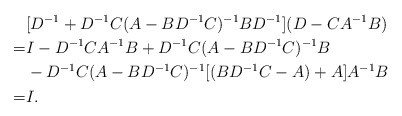
\begin{align*} &[D^{-1}+D^{-1}C(A-BD^{-1}C)^{-1}BD^{-1}](D-CA^{-1}B)\\ =& I-D^{-1}CA^{-1}B+D^{-1}C(A-BD^{-1}C)^{-1}B \\ &-D^{-1}C(A-BD^{-1}C)^{-1}[(BD^{-1}C-A)+A]A^{-1}B\\ =& I.\end{align*}